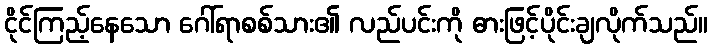
ငိုင်ကြည့်နေသော ဂေါ်ရာစစ်သား၏ လည်ပင်းကို ဓားဖြင့်ပိုင်းချလိုက်သည်။